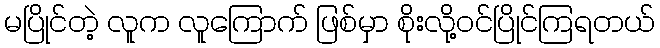
မပြိုင်တဲ့ လူက လူကြောက် ဖြစ်မှာ စိုးလို့ဝင်ပြိုင်ကြရတယ်